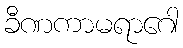
ခီဏကာမရာဂေါ